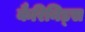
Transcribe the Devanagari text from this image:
कैरिनिड्स